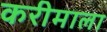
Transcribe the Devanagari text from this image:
करीमाला